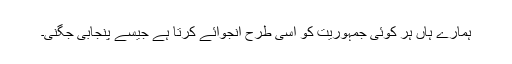
ہمارے ہاں ہر کوئی جمہوریت کو اسی طرح انجوائے کرتا ہے جیسے پنجابی جُگنی۔